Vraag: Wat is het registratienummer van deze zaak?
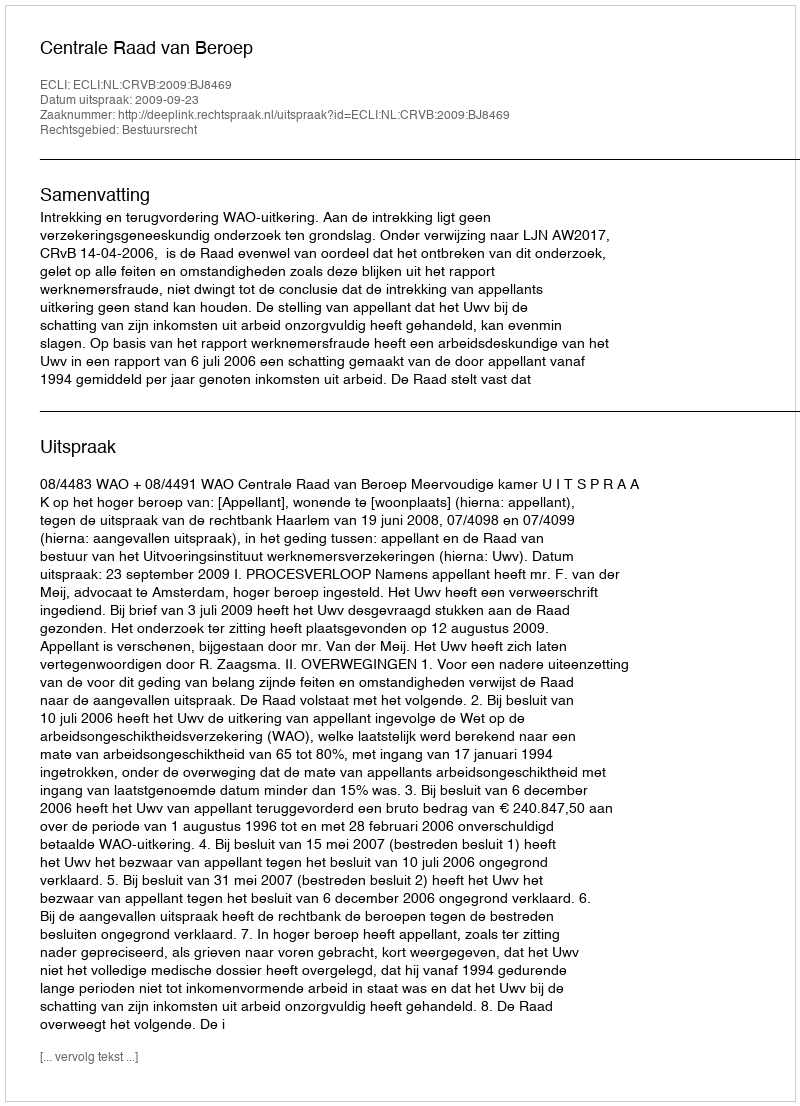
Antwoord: http://deeplink.rechtspraak.nl/uitspraak?id=ECLI:NL:CRVB:2009:BJ8469